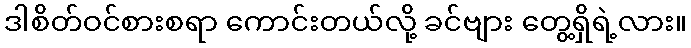
ဒါစိတ်ဝင်စားစရာ ကောင်းတယ်လို့ ခင်ဗျား တွေ့ရှိရဲ့လား။